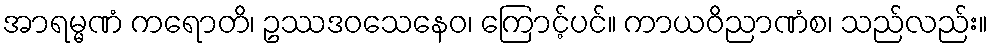
အာရမ္မဏံ ကရောတိ၊ ဥဿဒဝသေနေဝ၊ ကြောင့်ပင်။ ကာယဝိညာဏံစ၊ သည်လည်း။